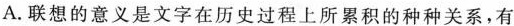
A.联想的意义是文字在历史过程上所累积的种种关系，有